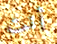
أنت